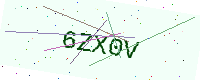
Text: 6ZX0V